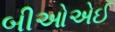
બીઓએઈ